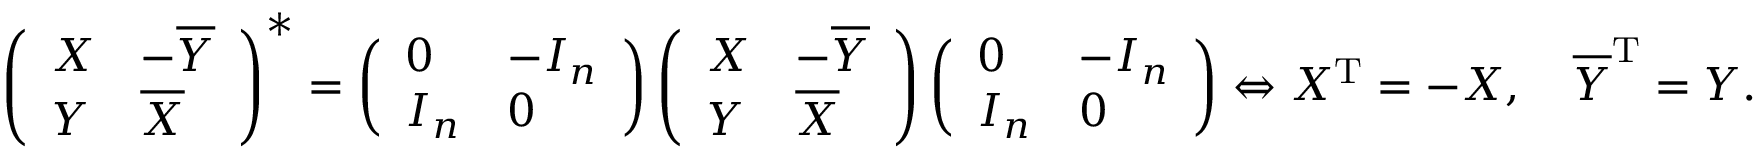
\left( { \begin{array} { l l } { X } & { - { \overline { { Y } } } } \\ { Y } & { { \overline { { X } } } } \end{array} } \right) ^ { * } = \left( { \begin{array} { l l } { 0 } & { - I _ { n } } \\ { I _ { n } } & { 0 } \end{array} } \right) \left( { \begin{array} { l l } { X } & { - { \overline { { Y } } } } \\ { Y } & { { \overline { { X } } } } \end{array} } \right) \left( { \begin{array} { l l } { 0 } & { - I _ { n } } \\ { I _ { n } } & { 0 } \end{array} } \right) \Leftrightarrow X ^ { \mathrm { T } } = - X , \quad { \overline { { Y } } } ^ { \mathrm { T } } = Y .